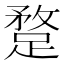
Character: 𨂣